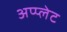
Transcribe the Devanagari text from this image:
अप्प्लेट